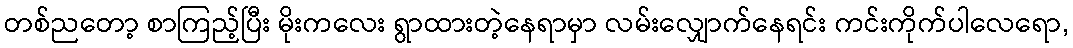
တစ်ညတော့ စာကြည့်ပြီး မိုးကလေး ရွာထားတဲ့နေရာမှာ လမ်းလျှောက်နေရင်း ကင်းကိုက်ပါလေရော,